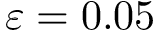
\varepsilon = 0 . 0 5